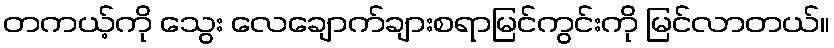
တကယ့်ကို သွေး လေချောက်ချားစရာမြင်ကွင်းကို မြင်လာတယ်။